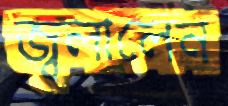
জ্বলালেন